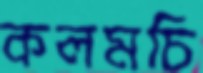
কলমচি